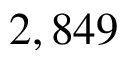
2 , 8 4 9